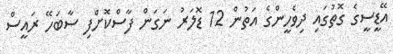
އޭޑީސީގެ ގޮތުގައި ދިވެހީންގެ އަތުން 12 ޑޮލަރު ނަގަން ފާސްކޮށްފި ސާބަހޭ ރައީސް